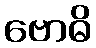
ဗောဓိ